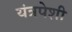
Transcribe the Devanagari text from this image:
यंत्रपेशी